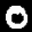
Label: 0